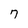
Character: 7